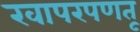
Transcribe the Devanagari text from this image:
खापरपणतू